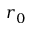
r _ { 0 }